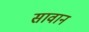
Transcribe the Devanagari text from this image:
सावान